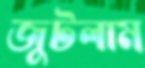
জুটলাম